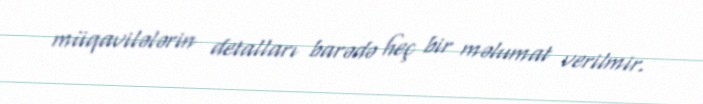
müqavilələrin detalları barədə heç bir məlumat verilmir.